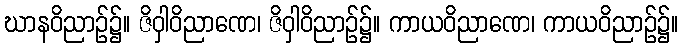
ဃာနဝိညာဉ်၌။ ဇိဝှါဝိညာဏေ၊ ဇိဝှါဝိညာဉ်၌။ ကာယဝိညာဏေ၊ ကာယဝိညာဉ်၌။